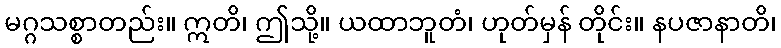
မဂ္ဂသစ္စာတည်း။ ဣတိ၊ ဤသို့။ ယထာဘူတံ၊ ဟုတ်မှန် တိုင်း။ နပဇာနာတိ၊